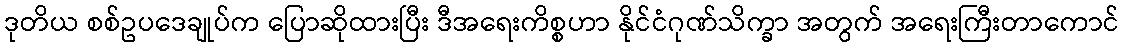
ဒုတိယ စစ်ဥပဒေချုပ်က ပြောဆိုထားပြီး ဒီအရေးကိစ္စဟာ နိုင်ငံဂုဏ်သိက္ခာ အတွက် အရေးကြီးတာကောင်